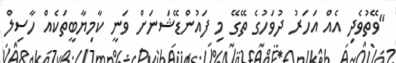
"ވޭތުވެދި އެއް އަހަރު ދުވަހުގެ ތޭގޭ މި ފައުންޑޭޝަނަށް ވަނީ ކާމިޔާބީތަކެއް ހާސިލް